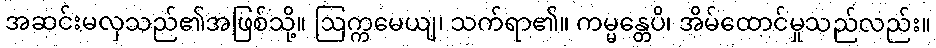
အဆင်းမလှသည်၏အဖြစ်သို့။ ဩက္ကမေယျ၊ သက်ရာ၏။ ကမ္မန္တေပိ၊ အိမ်ထောင်မှုသည်လည်း။